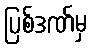
ပြစ်ဒဏ်မှ